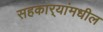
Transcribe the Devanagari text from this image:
सहकार्‍यांमधील